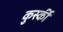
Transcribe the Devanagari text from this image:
कुर्स्की